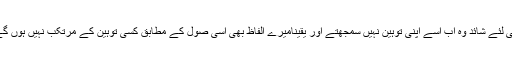
اسی لئے شائد وہ اب اسے اپنی توہین نہیں سمجھتے اور یقینامیرے الفاظ بھی اسی صول کے مطابق کسی توہین کے مرتکب نہیں ہوں گے۔